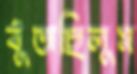
বুঁজছিলুম